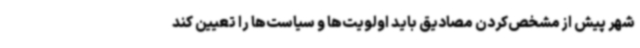
شهر پیش از مشخص‌کردن مصادیق باید اولویت‌ها و سیاست‌ها را تعیین کند